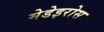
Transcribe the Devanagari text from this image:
मेडेइरोस